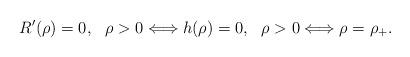
LaTeX: \begin{align*}R^{\prime}(\rho) = 0,~~ \rho > 0 \Longleftrightarrow h(\rho) = 0,~~\rho > 0 \Longleftrightarrow \rho = \rho_+.\end{align*}